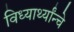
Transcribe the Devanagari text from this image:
विध्यार्थ्यांन्चे